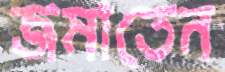
জমাতেন